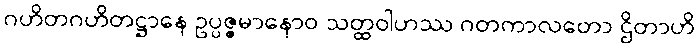
ဂဟိတဂဟိတဋ္ဌာနေ ဥပ္ပဇ္ဇမာနောဝ သတ္ထဝါဟဿ ဂတကာလတော ဌိတာဟိ